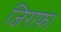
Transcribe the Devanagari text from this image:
जिराफ़।